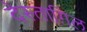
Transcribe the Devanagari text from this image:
देस्ताग़िल